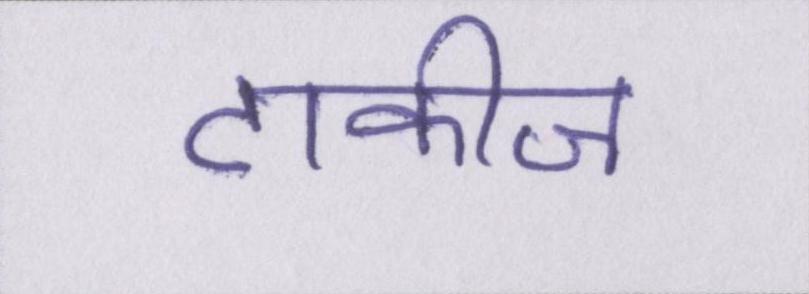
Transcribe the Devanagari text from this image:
टाकीज